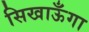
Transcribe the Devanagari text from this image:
सिखाऊँगा